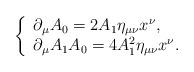
\begin{align*} \left\{ \begin{array}{ll}\partial_\mu A_0=2A_1\eta_{\mu\nu}x^\nu,\\\partial_\mu A_1A_0=4A_1^2\eta_{\mu\nu}x^\nu. \end{array} \right. \end{align*}